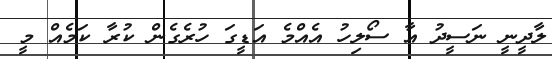
ލާދީނީ ނަސީދު އާ ސޯލިހު އެއްމެ އަޑީގަ ހުރެގެން ކުރާ ކަމެއް މީ